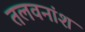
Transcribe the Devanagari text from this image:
तलवनांश